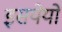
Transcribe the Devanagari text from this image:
इसयेयो